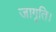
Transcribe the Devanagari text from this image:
जागृति।